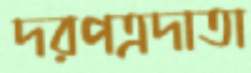
দরপত্রদাতা